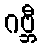
ဂဗ္ဘီ